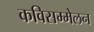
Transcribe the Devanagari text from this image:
कविसम्मेलन